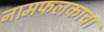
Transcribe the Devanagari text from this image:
नामफलकाचा